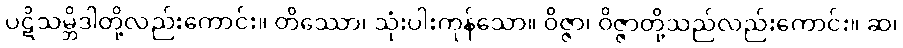
ပဋိသမ္ဘိဒါတို့လည်းကောင်း။ တိဿော၊ သုံးပါးကုန်သော။ ဝိဇ္ဇာ၊ ဝိဇ္ဇာတို့သည်လည်းကောင်း။ ဆ၊